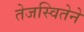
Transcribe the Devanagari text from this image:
तेजस्वितेने